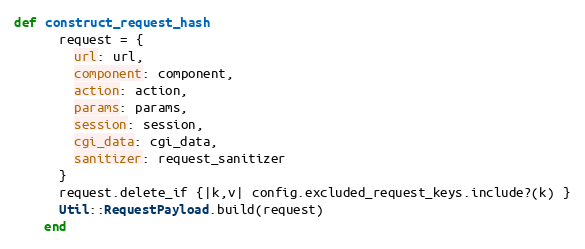
Language: Ruby
def construct_request_hash
      request = {
        url: url,
        component: component,
        action: action,
        params: params,
        session: session,
        cgi_data: cgi_data,
        sanitizer: request_sanitizer
      }
      request.delete_if {|k,v| config.excluded_request_keys.include?(k) }
      Util::RequestPayload.build(request)
    end